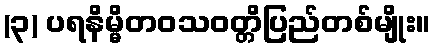
(၃) ပရနိမ္မိတဝသဝတ္တိပြည်တစ်မျိုး။